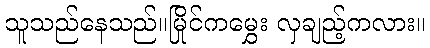
သူသည်နေသည်။မြိုင်ကမွှေး လှချည့်ကလား။